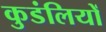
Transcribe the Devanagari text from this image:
कुडंलियों